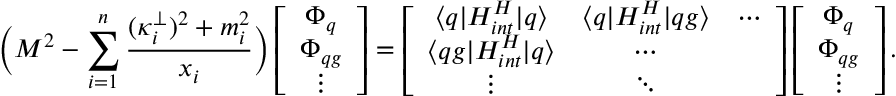
\Big ( M ^ { 2 } - \sum _ { i = 1 } ^ { n } { \frac { ( \kappa _ { i } ^ { \bot } ) ^ { 2 } + m _ { i } ^ { 2 } } { x _ { i } } } \Big ) \left[ \begin{array} { c } { { \Phi _ { q } } } \\ { { \Phi _ { q g } } } \\ { { \vdots } } \end{array} \right] = \left[ \begin{array} { c c c } { { \langle q | H _ { i n t } ^ { H } | q \rangle } } & { { \langle q | H _ { i n t } ^ { H } | q g \rangle } } & { { \cdots } } \\ { { \langle q g | H _ { i n t } ^ { H } | q \rangle } } & { { \cdots } } & { { ~ ~ } } \\ { { \vdots } } & { { \ddots } } & { { ~ ~ } } \end{array} \right] \left[ \begin{array} { c } { { \Phi _ { q } } } \\ { { \Phi _ { q g } } } \\ { { \vdots } } \end{array} \right] .